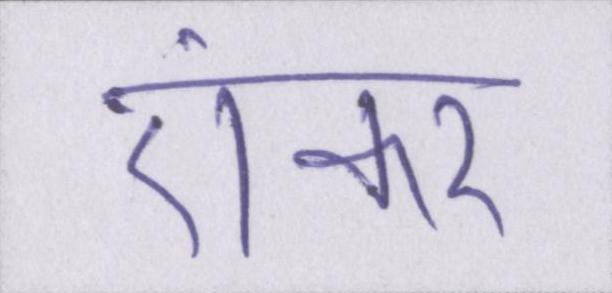
एंकर